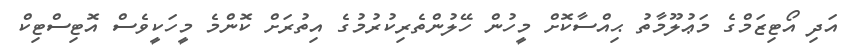
އަދި އޯޓިޒަމްގެ މަޢުލޫމާތު ޙިއްސާކޮށް މީހުން ހޭލުންތެރިކުރުމުގެ އިތުރަށް ކޮންމެ މީހަކީވެސް އޮޓިސްޓިކް